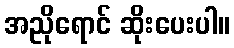
အညိုရောင် ဆိုးပေးပါ။